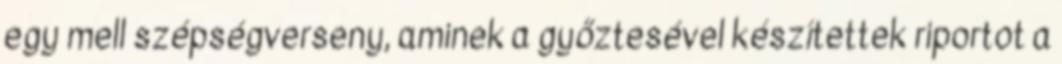
egy mell szépségverseny, aminek a győztesével készítettek riportot a